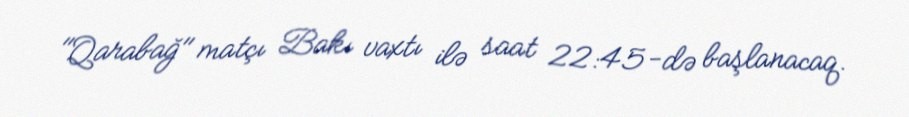
"Qarabağ" matçı Bakı vaxtı ilə saat 22:45-də başlanacaq.